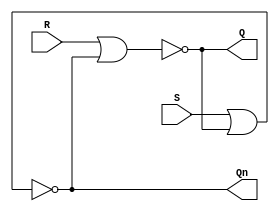
//SR-latch
module SR_latch(R,S,Q,Qn);
input R,S;
output Q,Qn;
	assign	Q = ~(R | Qn),
				Qn = ~(S | Q);
endmodule